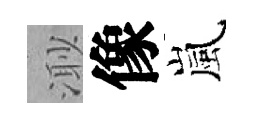
𣺌像嵐